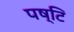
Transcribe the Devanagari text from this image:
पष्टि